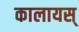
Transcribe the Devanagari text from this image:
कालायस्